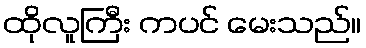
ထိုလူကြီး ကပင် မေးသည်။